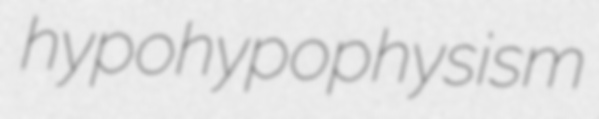
hypohypophysism